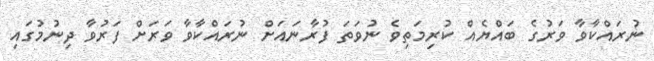
ނުރައްކާވާ ވަރުގެ ބައްޔެއް ކުރިމަތިވެ ނުވަތަ ފުރާނައަށް ނުރައްކާވާ ވަރަށް ފަރުވާ ދިނުމުގައި